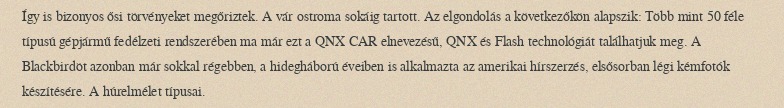
Így is bizonyos ősi törvényeket megőriztek. A vár ostroma sokáig tartott. Az elgondolás a következőkön alapszik: Több mint 50 féle típusú gépjármű fedélzeti rendszerében ma már ezt a QNX CAR elnevezésű, QNX és Flash technológiát találhatjuk meg. A Blackbirdöt azonban már sokkal régebben, a hidegháború éveiben is alkalmazta az amerikai hírszerzés, elsősorban légi kémfotók készítésére. A húrelmélet típusai.